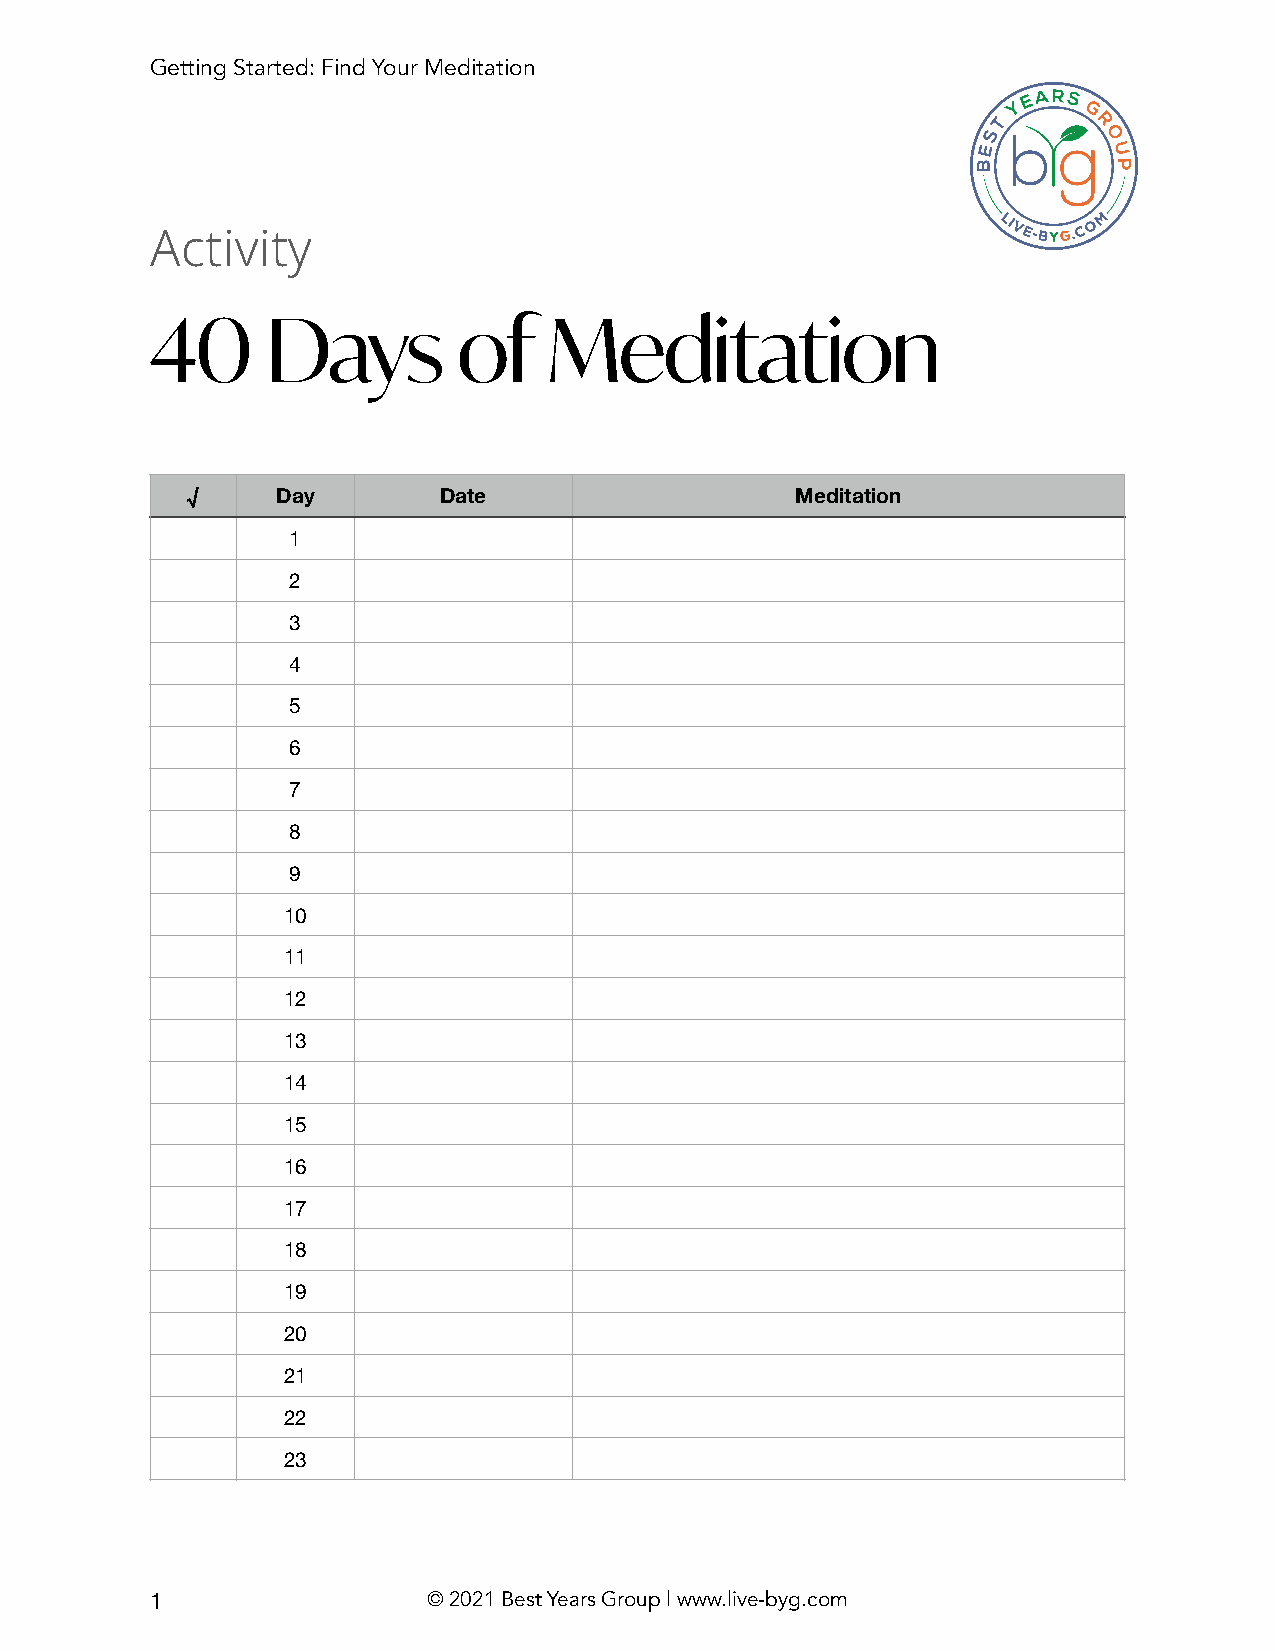
Getting Started: Find Your Meditation
 Activity
 40      Days        of    Meditation
 √     Day        Date                    Meditation
 1
 2
 3
 4
 5
 6
 7
 8
 9
 10
 11
 12
 13
 14
 15
 16
 17
 18
 19
 20
 21
 22
 23
 1                 © 2021 Best Years Group | www.live-byg.com